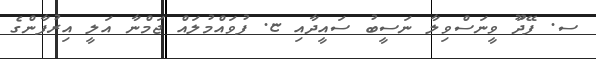
ސ. ފޭދަޫ ވީނަސްވިލާ ނަސީބު ސައީދާއި ޏ. ފުވައްމުލައް ޖަމްނާ އަލީ އިރުފާންގެ